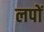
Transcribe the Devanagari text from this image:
लपों